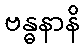
ဗန္ဓနာနိ